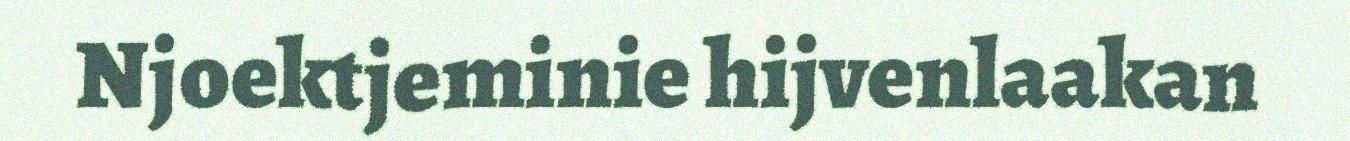
Njoektjeminie hijvenlaakan